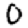
Digit: 0